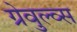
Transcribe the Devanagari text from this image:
ग्रेवुल्व्स